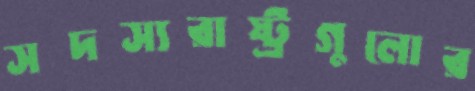
সদস্যরাষ্ট্রগুলোর